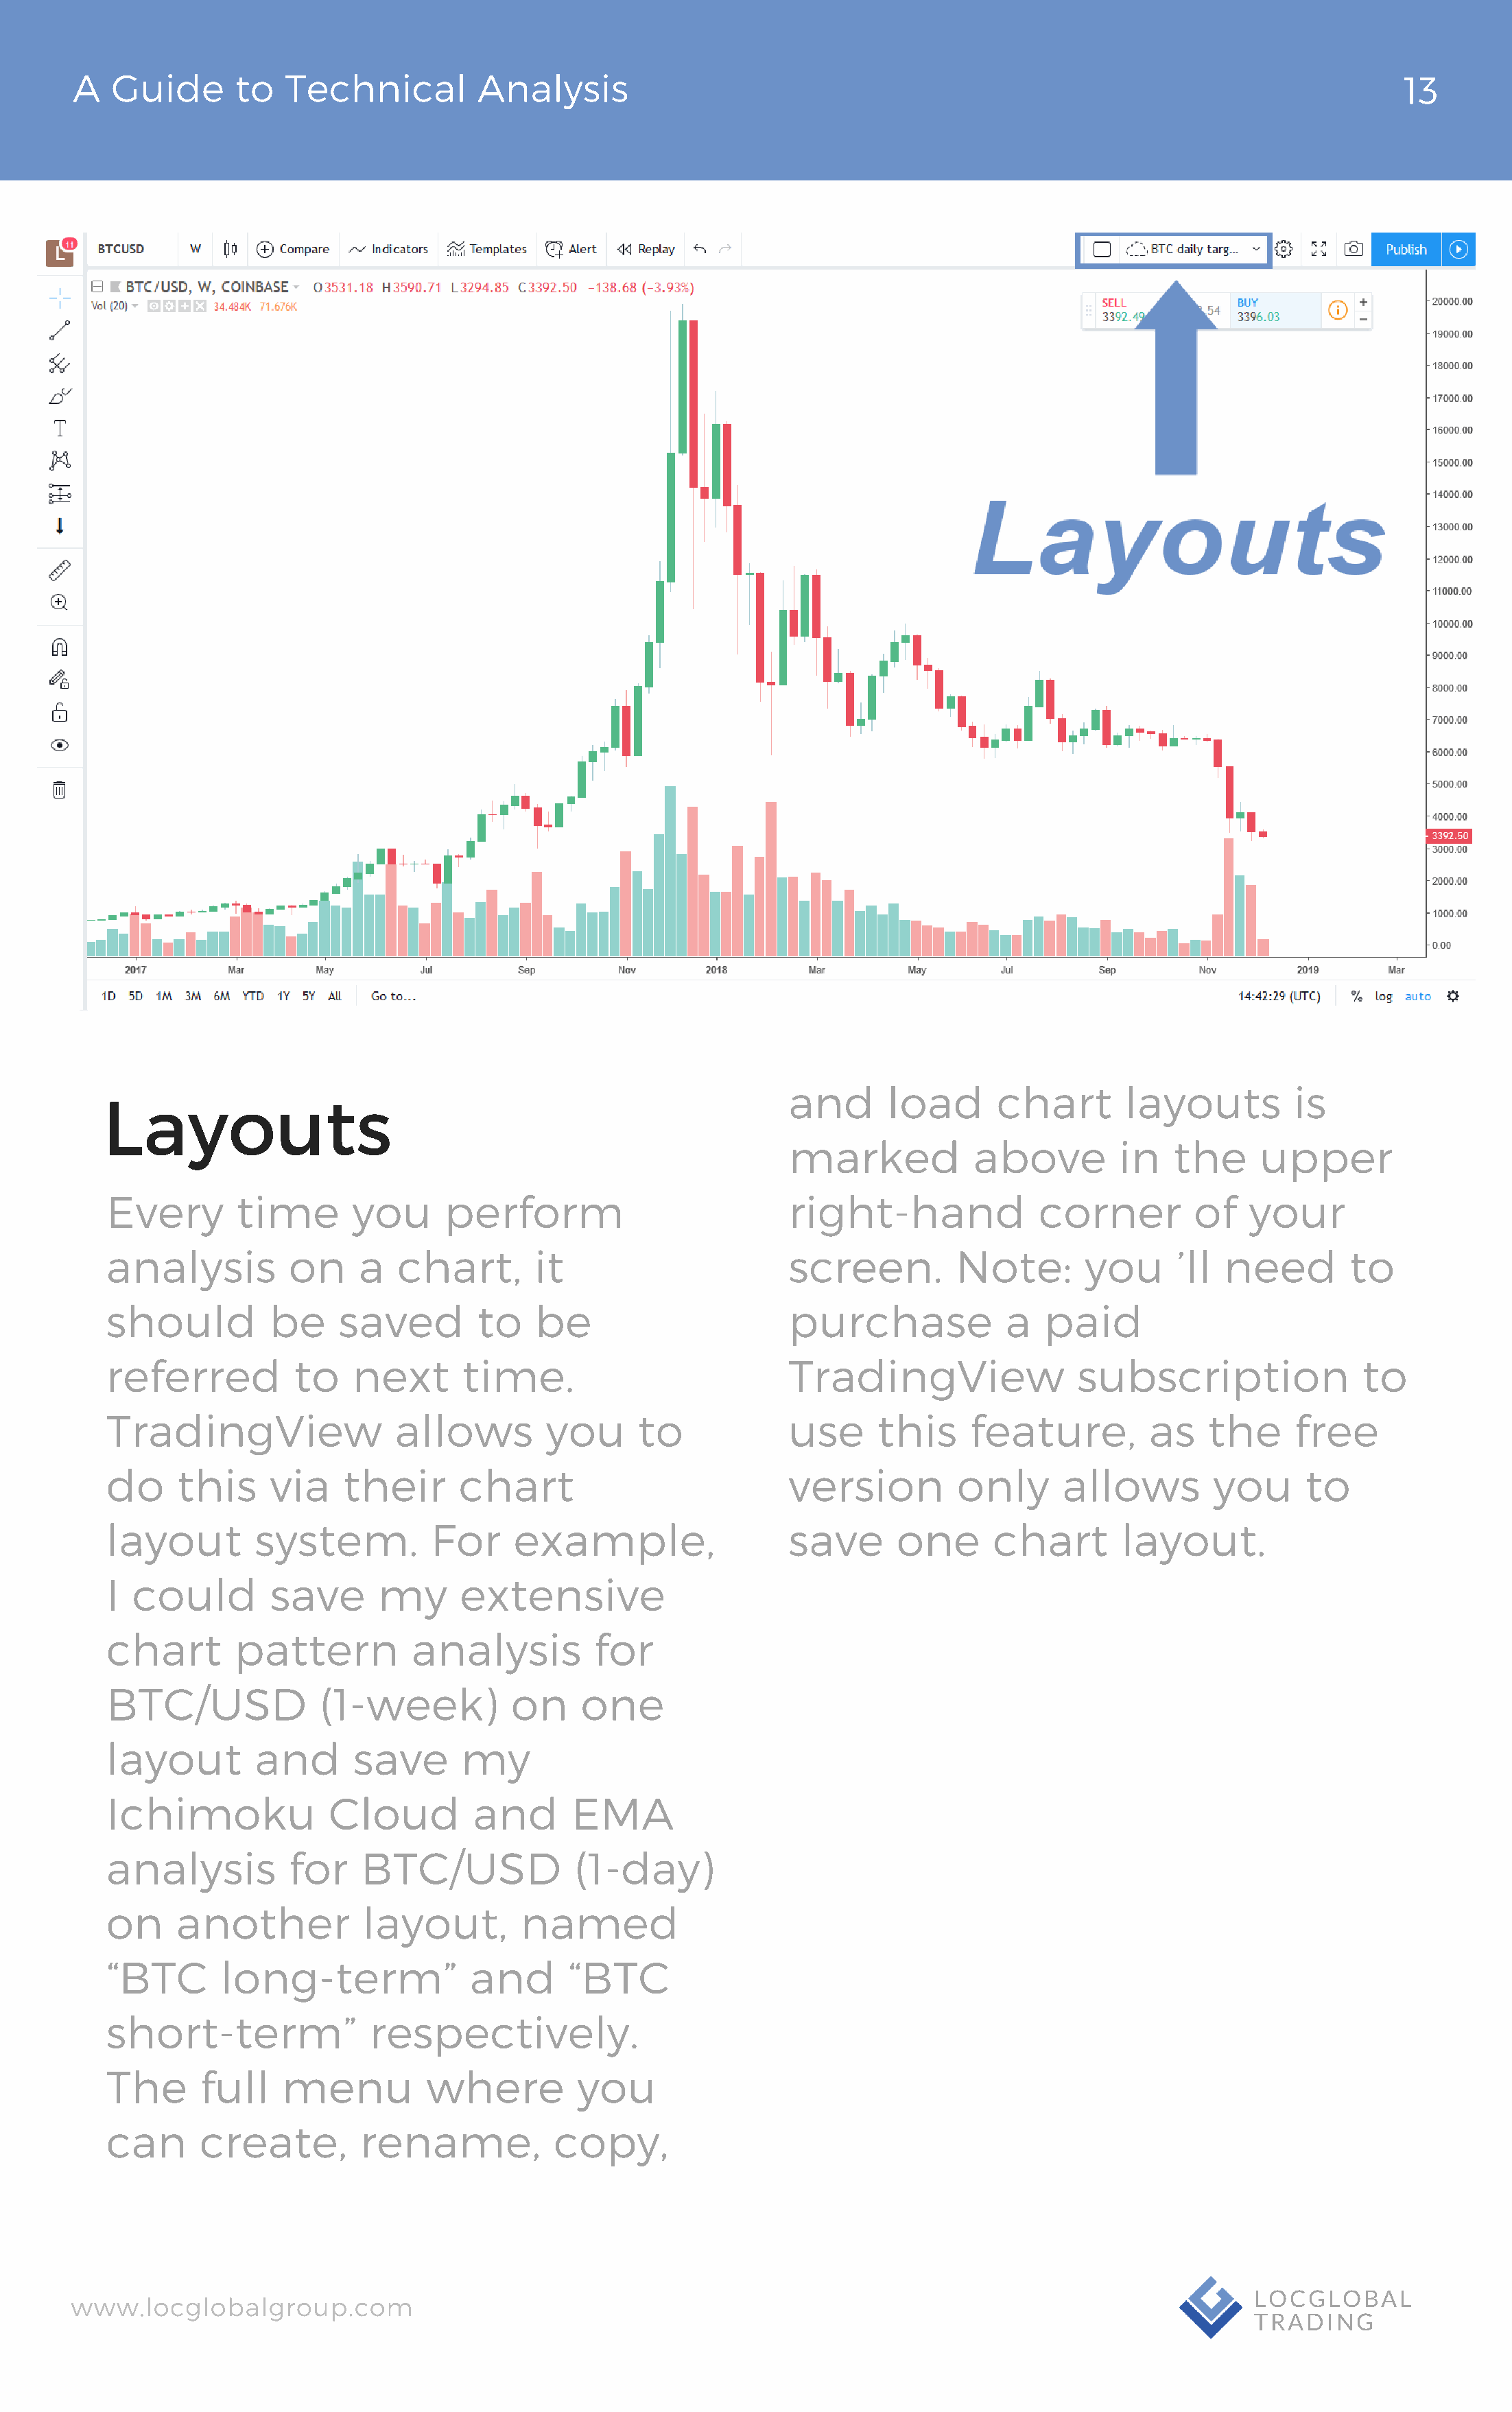
A   Guide       to  Technical          Analysis                                                                                 13
 and       load      chart        layouts         is
 Layouts
 marked            above         in   the      upper
 Every        time       you      perform                          right-hand              corner         of   your
 analysis          on     a  chart,        it                      screen.         Note:        you      ’ll need        to
 should          be     saved        to    be                      purchase             a   paid
 referred          to    next       time.                          TradingView                 subscription               to
 TradingView                 allows         you      to            use      this     feature,         as    the     free
 do     this     via    their      chart                           version         only      allows         you      to
 layout         system.          For     example,                  save      one       chart       layout.
 I  could        save      my      extensive
 chart        pattern          analysis         for
 BTC/USD              (1-week)          on     one
 layout         and      save      my
 Ichimoku              Cloud         and      EMA
 analysis          for    BTC/USD             (1-day)
 on     another           layout,        named
 “BTC       long-term”              and       “BTC
 short-term”               respectively.
 The      full    menu          where          you
 can      create,         rename,           copy,
 www.locglobalgroup.com                                                                                            LOCGLOBAL
 TRADING